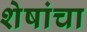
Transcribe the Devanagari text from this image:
शेषांचा